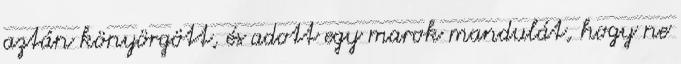
aztán könyörgött, és adott egy marok mandulát, hogy ne